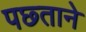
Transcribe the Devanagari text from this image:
पछ्ताने